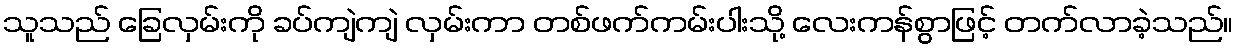
သူသည် ခြေလှမ်းကို ခပ်ကျဲကျဲ လှမ်းကာ တစ်ဖက်ကမ်းပါးသို့ လေးကန်စွာဖြင့် တက်လာခဲ့သည်။